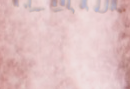
بيع وشراء التحف والآثار ا